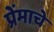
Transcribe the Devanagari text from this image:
प्रेंमाचे